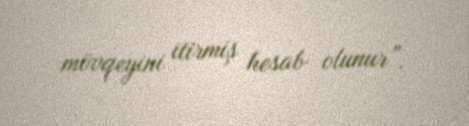
mövqeyini itirmiş hesab olunur”.